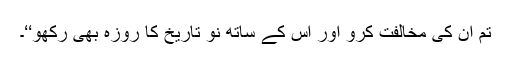
تم ان کی مخالفت کرو اور اس کے ساتھ نو تاریخ کا روزہ بھی رکھو‘‘۔